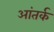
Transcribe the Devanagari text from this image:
आंतर्क